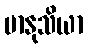
မာနုသိယာ